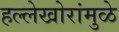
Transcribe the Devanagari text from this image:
हल्लेखोरांमुळे